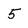
Character: 5